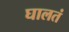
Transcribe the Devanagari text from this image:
घालतं